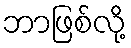
ဘာဖြစ်လို့